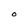
Character: O